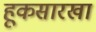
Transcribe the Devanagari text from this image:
हूकसारखा